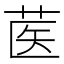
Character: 𰱃